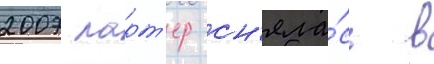
2007 ларт'ер сн'яла́сь в